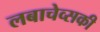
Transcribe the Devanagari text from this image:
लबाचेव्सकी